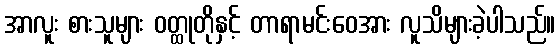
အာလူး စားသူများ ဝတ္ထုတိုနှင့် တာရာမင်းဝေအား လူသိများခဲ့ပါသည်။